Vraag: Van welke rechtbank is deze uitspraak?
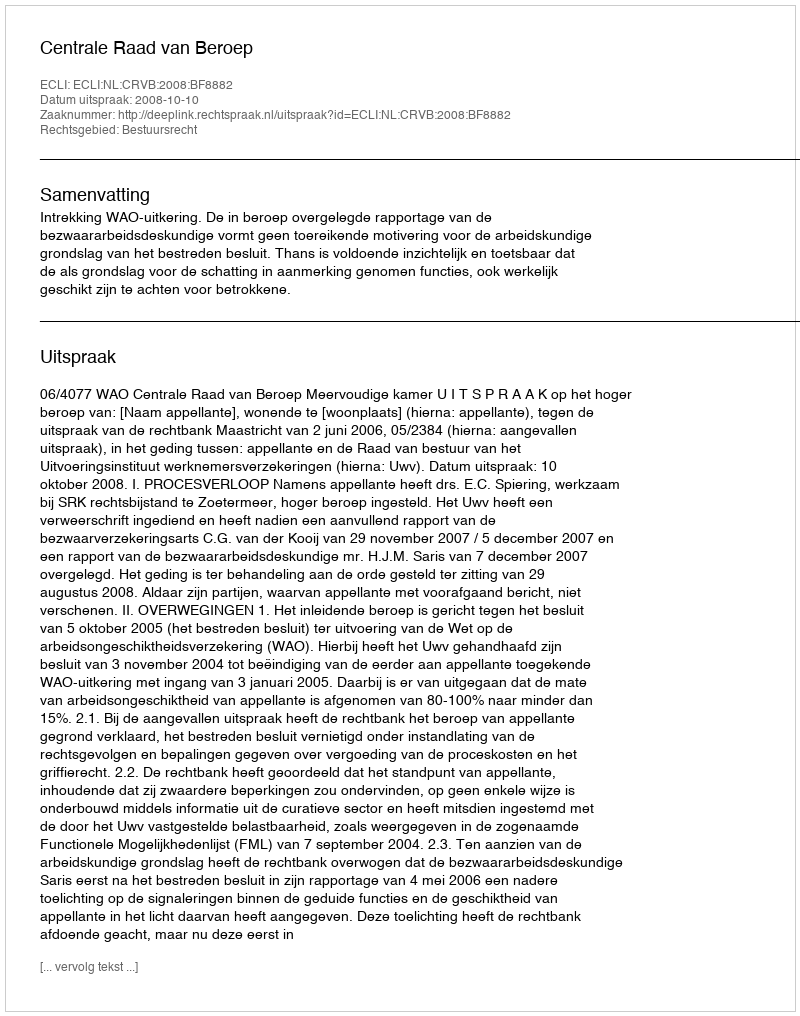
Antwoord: Centrale Raad van Beroep